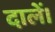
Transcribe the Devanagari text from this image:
दालें।